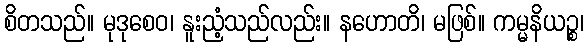
စိတသည်။ မုဒုစေဝ၊ နူးညံ့သည်လည်း။ နဟောတိ၊ မဖြစ်။ ကမ္မနိယဉ္စ၊